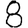
Digit: 8